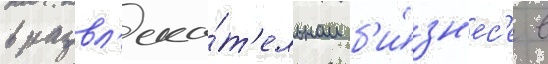
в развл'ека́т'ельном б'и́зн'ес'е в